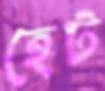
হেট